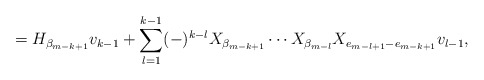
\begin{align*} = H_{ \beta _{m-k+1} } v_{k-1} + \sum_{l=1}^{k-1} (-)^{k-l} X_{ \beta _{m-k+1} } \cdots X_{ \beta _{m-l} } X_{e_{m-l+1} - e_{m-k+1} } v_{l-1},\end{align*}